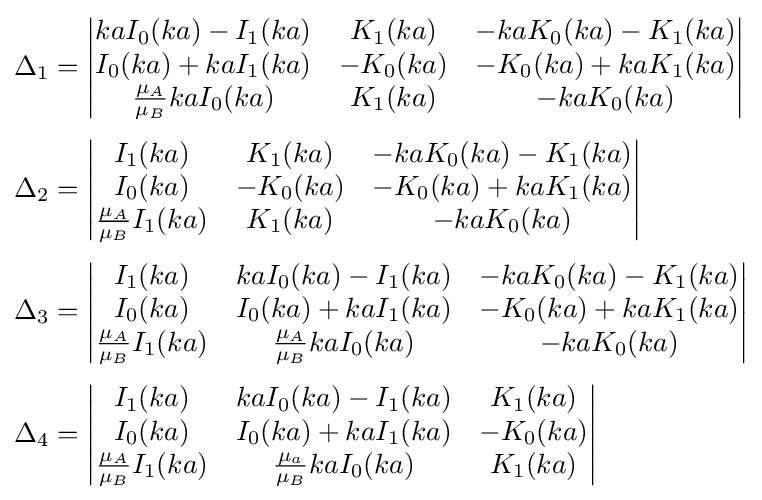
{\begin{aligned}\Delta _{1}&={\begin{vmatrix}kaI_{0}(ka)-I_{1}(ka)&K_{1}(ka)&-kaK_{0}(ka)-K_{1}(ka)\\I_{0}(ka)+kaI_{1}(ka)&-K_{0}(ka)&-K_{0}(ka)+kaK_{1}(ka)\\{\frac {\mu _{A}}{\mu _{B}}}kaI_{0}(ka)&K_{1}(ka)&-kaK_{0}(ka)\end{vmatrix}}\\[3pt]\Delta _{2}&={\begin{vmatrix}I_{1}(ka)&K_{1}(ka)&-kaK_{0}(ka)-K_{1}(ka)\\I_{0}(ka)&-K_{0}(ka)&-K_{0}(ka)+kaK_{1}(ka)\\{\frac {\mu _{A}}{\mu _{B}}}I_{1}(ka)&K_{1}(ka)&-kaK_{0}(ka)\end{vmatrix}}\\[3pt]\Delta _{3}&={\begin{vmatrix}I_{1}(ka)&kaI_{0}(ka)-I_{1}(ka)&-kaK_{0}(ka)-K_{1}(ka)\\I_{0}(ka)&I_{0}(ka)+kaI_{1}(ka)&-K_{0}(ka)+kaK_{1}(ka)\\{\frac {\mu _{A}}{\mu _{B}}}I_{1}(ka)&{\frac {\mu _{A}}{\mu _{B}}}kaI_{0}(ka)&-kaK_{0}(ka)\end{vmatrix}}\\[3pt]\Delta _{4}&={\begin{vmatrix}I_{1}(ka)&kaI_{0}(ka)-I_{1}(ka)&K_{1}(ka)\\I_{0}(ka)&I_{0}(ka)+kaI_{1}(ka)&-K_{0}(ka)\\{\frac {\mu _{A}}{\mu _{B}}}I_{1}(ka)&{\frac {\mu _{a}}{\mu _{B}}}kaI_{0}(ka)&K_{1}(ka)\end{vmatrix}}\end{aligned}}